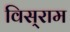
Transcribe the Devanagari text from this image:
विस्‌राम